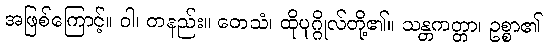
အဖြစ်ကြောင့်။ ဝါ၊ တနည်း။ တေသံ၊ ထိုပုဂ္ဂိုလ်တို့၏။ သန္တကတ္တာ၊ ဥစ္စာ၏